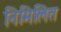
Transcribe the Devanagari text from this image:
निमिलित